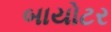
બાયોટર